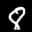
Label: 8